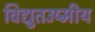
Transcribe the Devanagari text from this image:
विद्युतउष्मीय